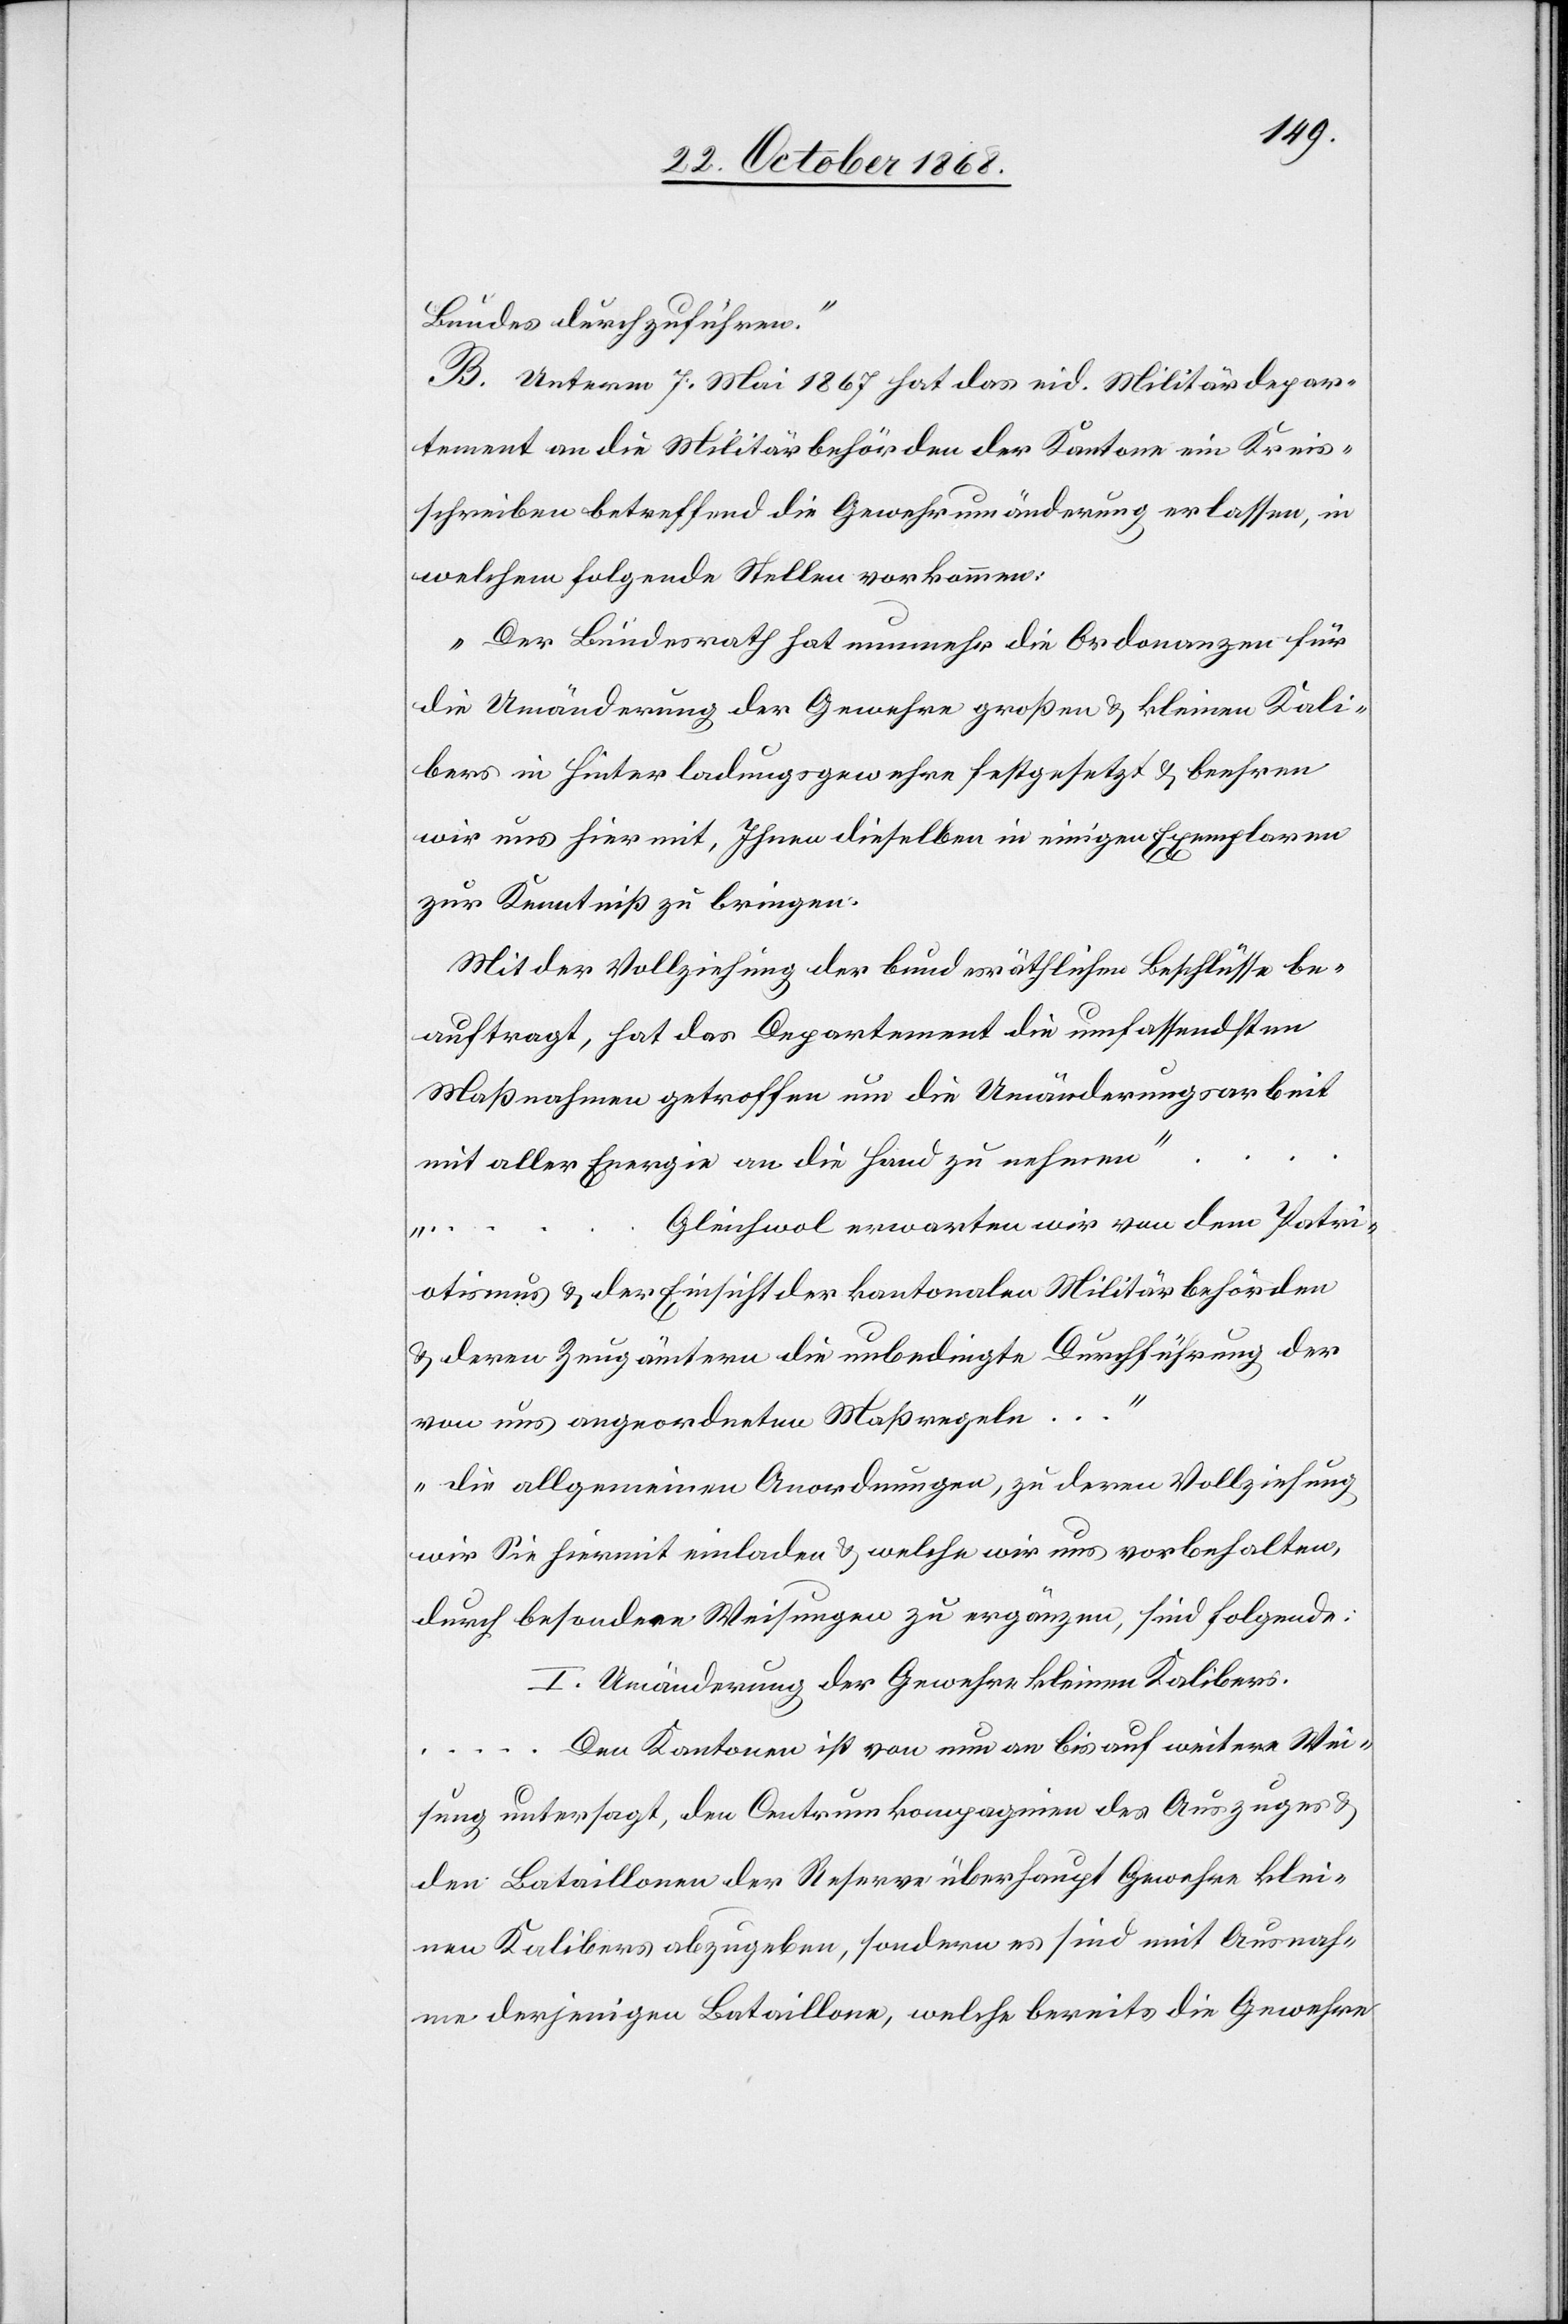
Bundes durchzuführen.“
B. Unterm 7. Mai 1867 hat das eid. Militärdepar¬
tement an die Militärbehörden der Kantone ein Kreis¬
schreiben betreffend die Gewehrumänderung erlassen, in
welchem folgende Stellen vorkommen:
„Der Bundesrath hat nunmehr die Ordonanzen für
die Umänderung der Gewehre großen & kleinen Kali¬
bers in Hinterladungsgewehre festgesetzt & beehren
wir uns hiermit, Ihnen dieselben in einigen Exemplaren
zur Kenntniß zu bringen.
Mit der Vollziehung der bundesräthlichen Beschlüsse be¬
auftragt, hat das Departement die umfassendsten
Maßnahmen getroffen um die Umänderungsarbeit
mit aller Energie an die Hand zu nehmen“
Gleichwol erwarten wir von dem Patri¬
otismus & der Einsicht der kantonalen Militärbehörden
& deren Zeugämtern die unbedingte Durchführung der
…
…
von uns angeordneten Maßregeln …
„die allgemeinen Anordnungen, zu deren Vollziehung
wir Sie hiermit einladen & welche wir uns vorbehalten,
durch besondere Weisungen zu ergänzen, sind folgende:
I. Umänderung der Gewehre kleinen Kalibers.
… Den Kantonen ist von nun an bis auf weitere Wei¬
sung untersagt, den Centrumkompagnien des Auszuges &
den Bataillonen der Reserve überhaupt Gewehre klei¬
nen Kalibers abzugeben, sondern es sind mit Ausnah¬
me derjenigen Bataillone, welche bereits die Gewehre